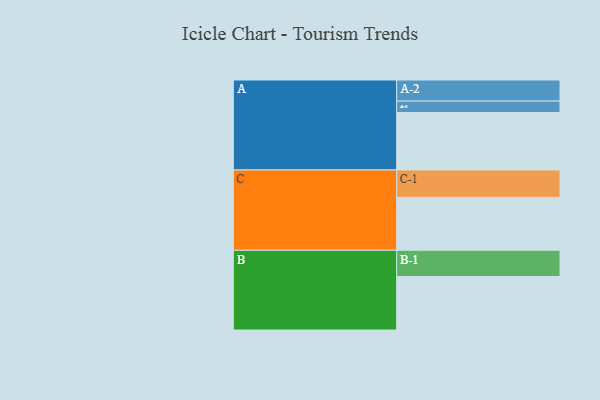
{"axis": {"x": "Segment", "y": "Value"}, "legend": ["", "A", "B", "C"], "data": [{"x": "A", "y": 540, "type": ""}, {"x": "B", "y": 502, "type": ""}, {"x": "C", "y": 497, "type": ""}, {"x": "A-1", "y": 107, "type": "A"}, {"x": "A-2", "y": 198, "type": "A"}, {"x": "B-1", "y": 247, "type": "B"}, {"x": "C-1", "y": 257, "type": "C"}]}